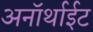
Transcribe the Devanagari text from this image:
अनॉर्थाईट